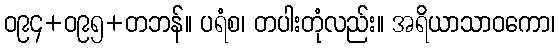
ဝ၉၄+ဝ၉၅+တဘန်။ ပရံစ၊ တပါးတုံလည်း။ အရိယာသာဝကော၊